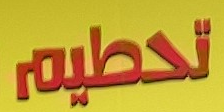
تحطيم